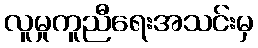
လူမှုကူညီရေးအသင်းမှ